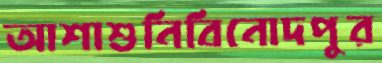
আশাশুনিবিনোদপুর